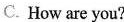
C. How are you?